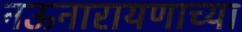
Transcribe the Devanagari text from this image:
नऊनारायणाच्या